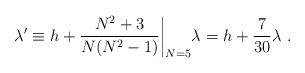
LaTeX: \begin{align*}\lambda ' \equiv h + {{N^2+3}\over {N(N^2-1)}}\biggl |_{N=5} \lambda = h + {7\over {30}} \lambda \ .\end{align*}